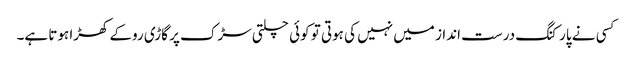
کسی نے پارکنگ درست انداز میں نہیں کی ہوتی تو کوئی چلتی سڑک پر گاڑی روکے کھڑا ہوتا ہے۔